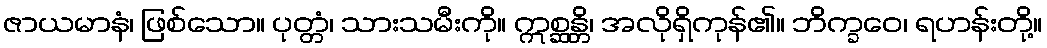
ဇာယမာနံ၊ ဖြစ်သော။ ပုတ္တံ၊ သားသမီးကို။ ဣစ္ဆန္တိ၊ အလိုရှိကုန်၏။ ဘိက္ခဝေ၊ ရဟန်းတို့။